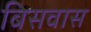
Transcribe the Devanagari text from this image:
बिसवास